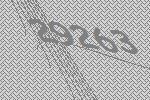
29263